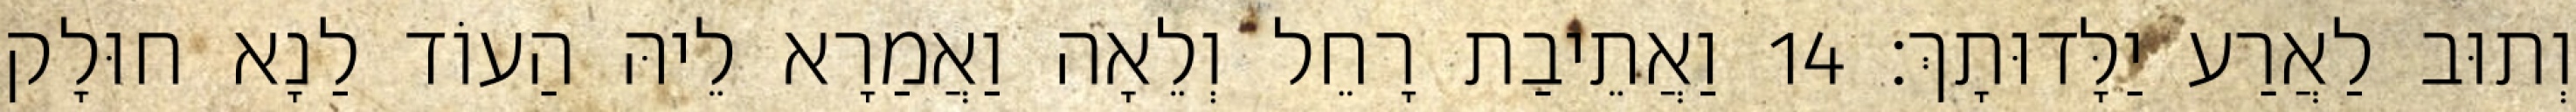
וְתוּב לַאֲרַע יַלָּדוּתָךְ׃ 14 וַאֲתֵיבַת רָחֵל וְלֵאָה וַאֲמַרָא לֵיהּ הַעוֹד לַנָא חוּלָק